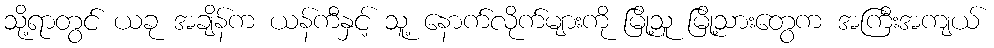
သို့ရာတွင် ယခု အချိန်က ယန်ကီနှင့် သူ့ နောက်လိုက်များကို မြို့သူ မြို့သားတွေက အကြီးအကျယ်